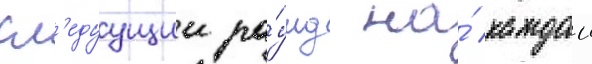
сл'едуущии ра́унд на́ каждои